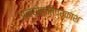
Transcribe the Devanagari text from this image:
अन्योक्तिप्रकाश